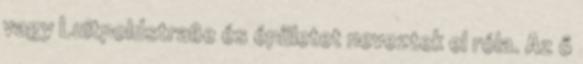
vagy Luitpoldstraße és épületet neveztek el róla. Az ő